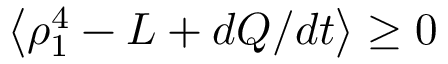
\left\langle \rho _ { 1 } ^ { 4 } - L + d Q / d t \right\rangle \geq 0